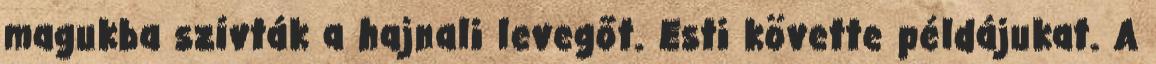
magukba szívták a hajnali levegőt. Esti követte példájukat. A